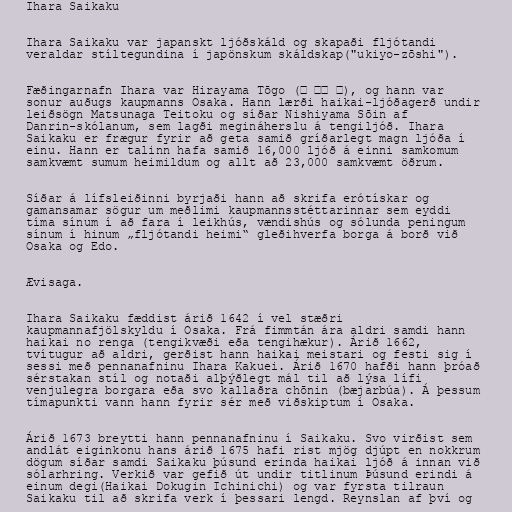
Ihara Saikaku

Ihara Saikaku var japanskt ljóðskáld og skapaði fljótandi
veraldar stíltegundina í japönskum skáldskap("ukiyo-zōshi").

Fæðingarnafn Ihara var Hirayama Tōgo (平 山藤 五), og hann var
sonur auðugs kaupmanns Osaka. Hann lærði haikai-ljóðagerð undir
leiðsögn Matsunaga Teitoku og síðar Nishiyama Sōin af
Danrin-skólanum, sem lagði megináherslu á tengiljóð. Ihara
Saikaku er frægur fyrir að geta samið gríðarlegt magn ljóða í
einu. Hann er talinn hafa samið 16,000 ljóð á einni samkomum
samkvæmt sumum heimildum og allt að 23,000 samkvæmt öðrum.

Síðar á lífsleiðinni byrjaði hann að skrifa erótískar og
gamansamar sögur um meðlimi kaupmannsstéttarinnar sem eyddi
tíma sínum í að fara í leikhús, vændishús og sólunda peningum
sínum í hinum „fljótandi heimi“ gleðihverfa borga á borð við
Osaka og Edo.

Ævisaga.

Ihara Saikaku fæddist árið 1642 í vel stæðri
kaupmannafjölskyldu í Osaka. Frá fimmtán ára aldri samdi hann
haikai no renga (tengikvæði eða tengihækur). Árið 1662,
tvítugur að aldri, gerðist hann haikai meistari og festi sig í
sessi með pennanafninu Ihara Kakuei. Árið 1670 hafði hann þróað
sérstakan stíl og notaði alþýðlegt mál til að lýsa lífi
venjulegra borgara eða svo kallaðra chōnin (bæjarbúa). Á þessum
tímapunkti vann hann fyrir sér með viðskiptum í Osaka.

Árið 1673 breytti hann pennanafninu í Saikaku. Svo virðist sem
andlát eiginkonu hans árið 1675 hafi rist mjög djúpt en nokkrum
dögum síðar samdi Saikaku þúsund erinda haikai ljóð á innan við
sólarhring. Verkið var gefið út undir titlinum Þúsund erindi á
einum degi(Haikai Dokugin Ichinichi) og var fyrsta tilraun
Saikaku til að skrifa verk í þessari lengd. Reynslan af því og